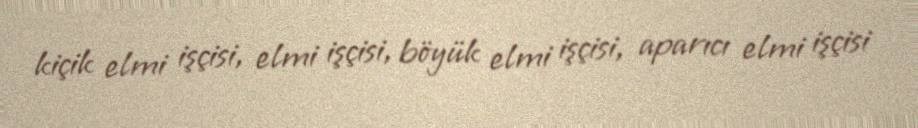
kiçik elmi işçisi, elmi işçisi, böyük elmi işçisi, aparıcı elmi işçisi